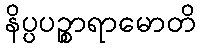
နိပ္ပပဉ္စာရာမောတိ